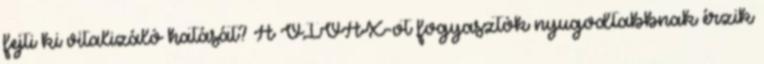
fejti ki vitalizáló hatását? A VIVAX-ot fogyasztók nyugodtabbnak érzik